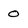
Character: 0